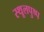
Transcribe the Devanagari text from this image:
स्थूलपुष्प